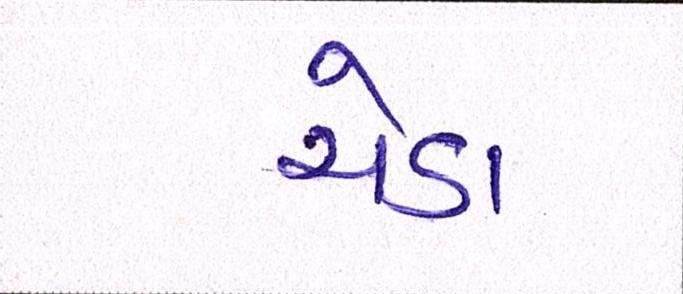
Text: ચેડા